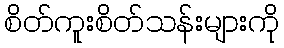
စိတ်ကူးစိတ်သန်းများကို